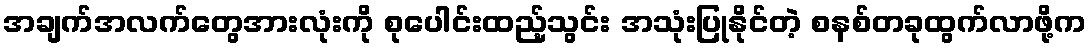
အချက်အလက်တွေအားလုံးကို စုပေါင်းထည့်သွင်း အသုံးပြုနိုင်တဲ့ စနစ်တခုထွက်လာဖို့က